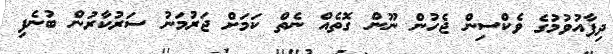
ދިފާއުވުމުގެ ވެކްސިން ޖެހުން ނޫން ގޮތެއް ނެތް ކަމަށް ޖަރުމަނު ސަރުކާރުން ބުނެފި